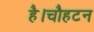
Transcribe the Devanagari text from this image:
है।चौहटन